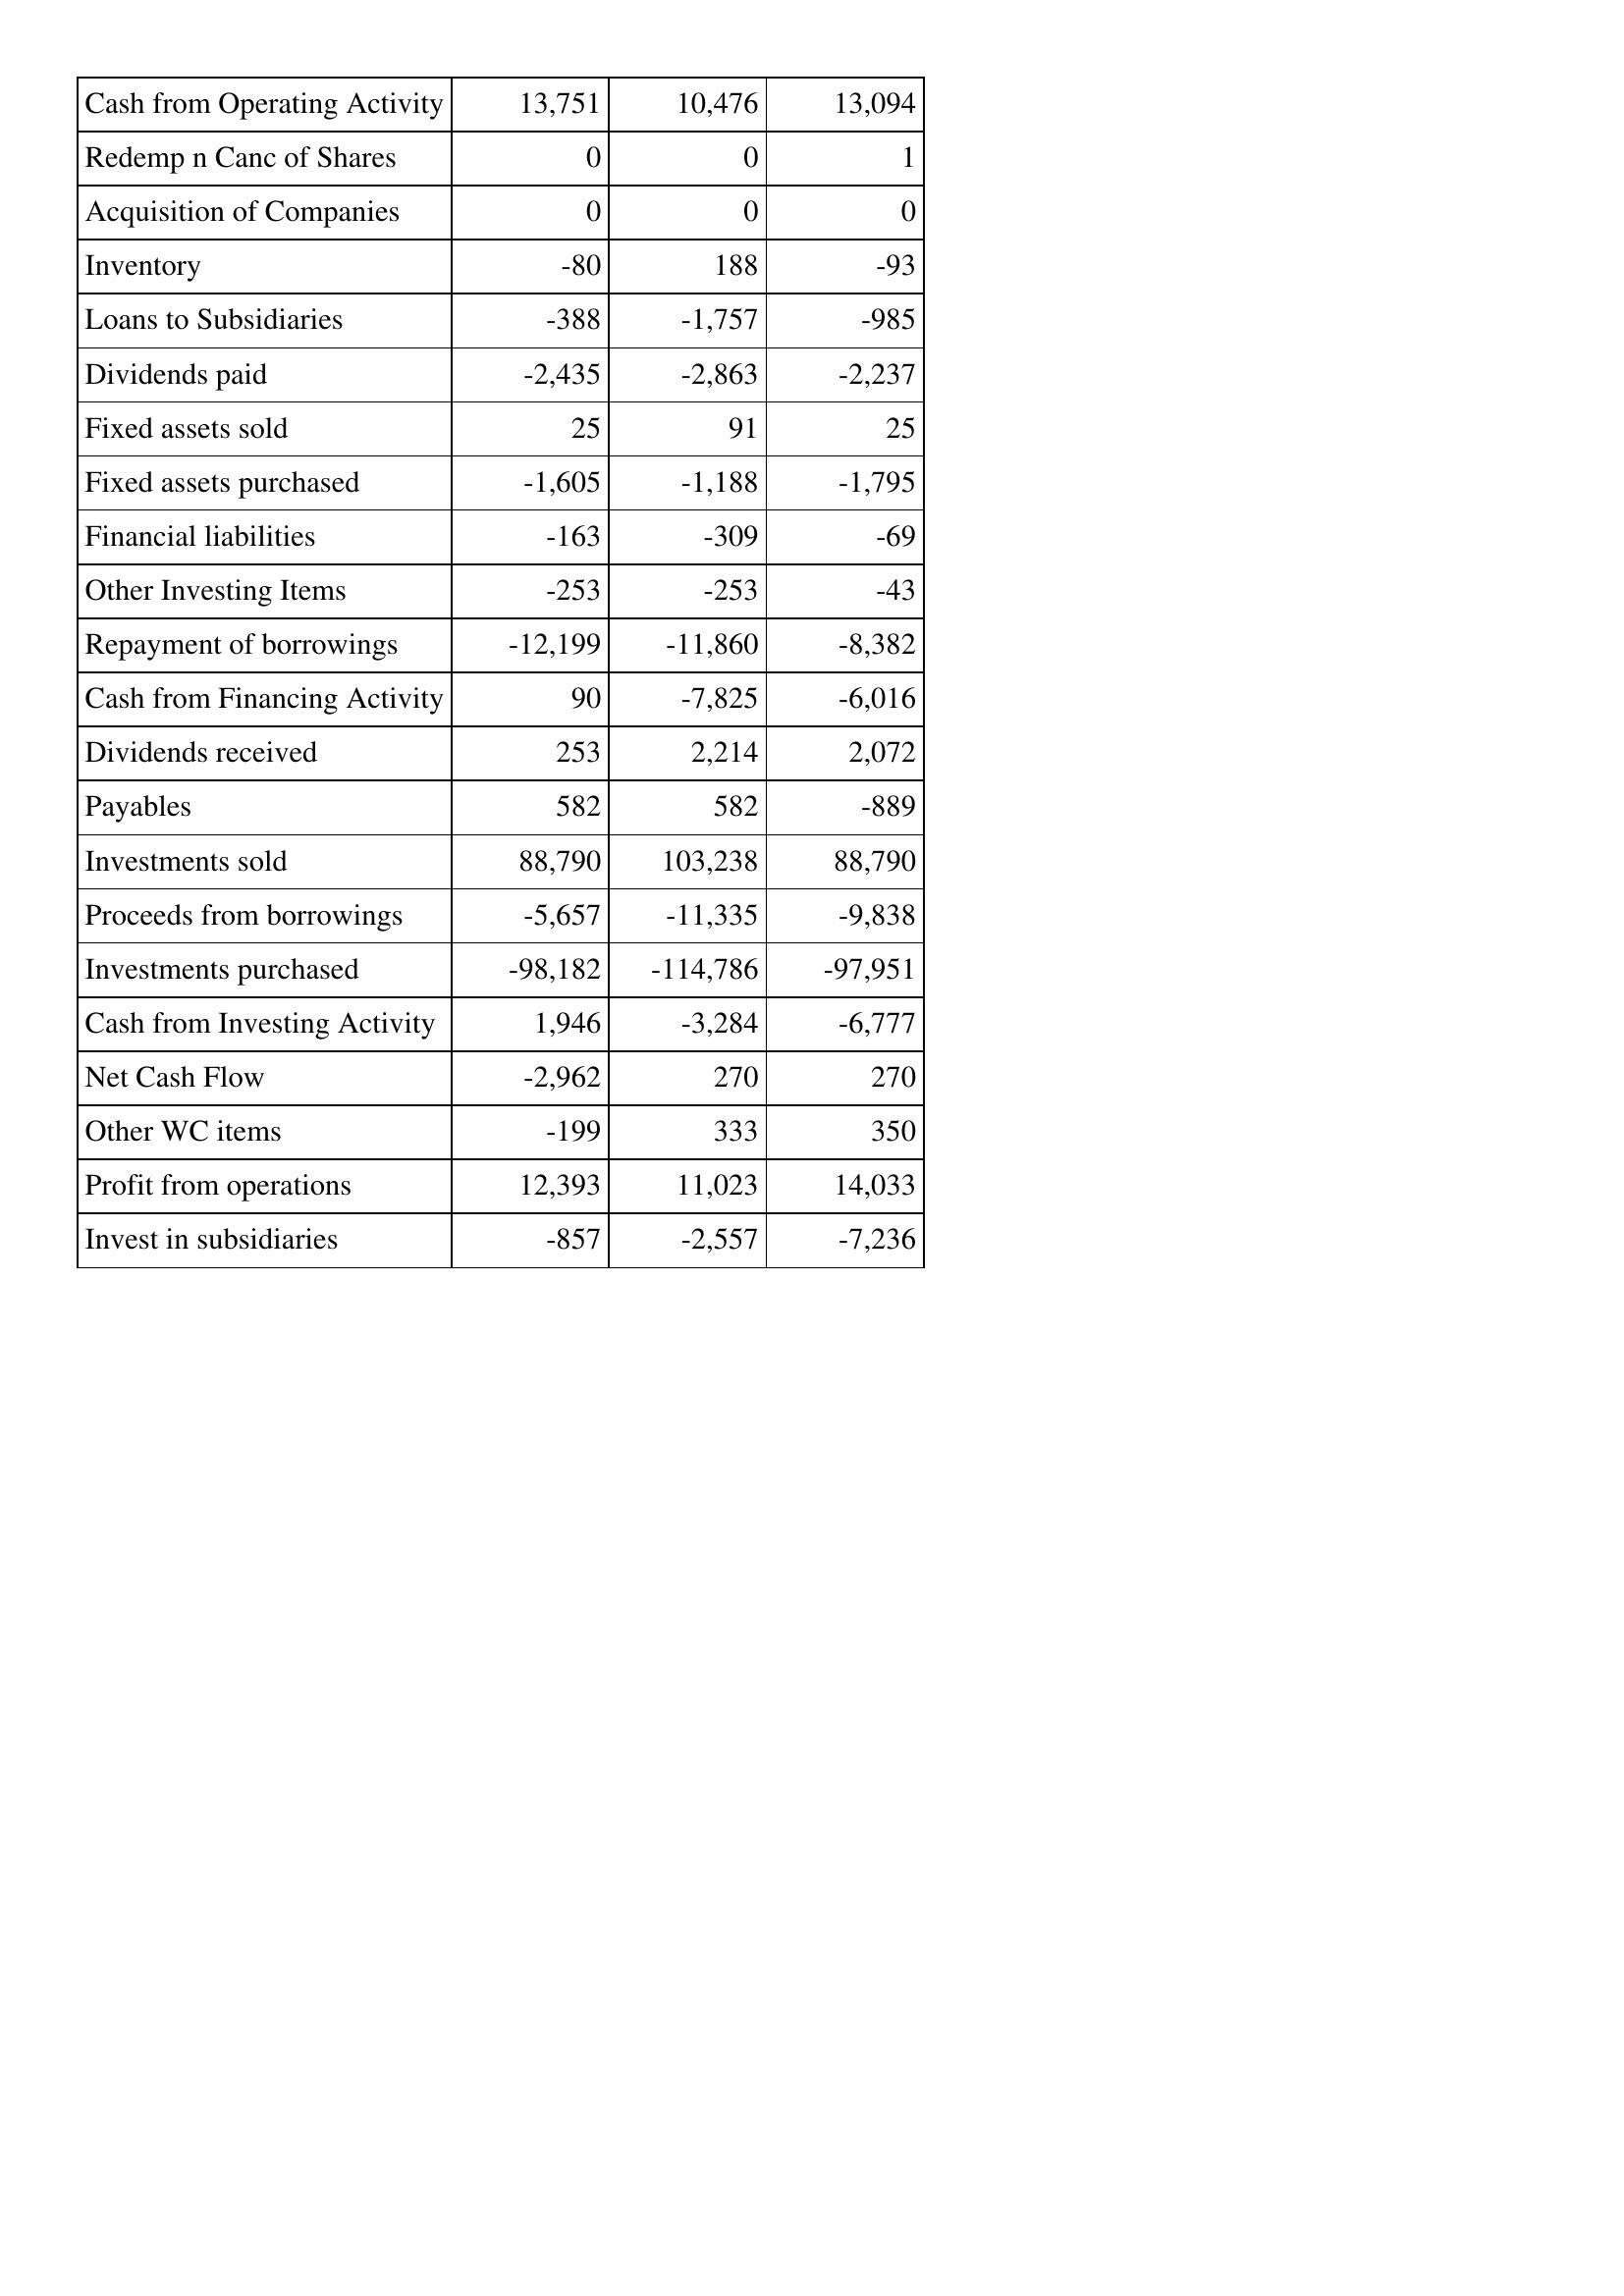
Sep-15: Cash Flows: Cash from Operating Activity: 13,751
Redemp n Canc of Shares: 0
Acquisition of Companies: 0
Inventory: -80
Loans to Subsidiaries: -388
Dividends paid: -2,435
Fixed assets sold: 25
Fixed assets purchased: -1,605
Financial liabilities: -163
Other Investing Items: -253
Repayment of borrowings: -12,199
Cash from Financing Activity: 90
Dividends received: 253
Payables: 582
Investments sold: 88,790
Proceeds from borrowings: -5,657
Investments purchased: -98,182
Cash from Investing Activity: 1,946
Net Cash Flow: -2,962
Other WC items: -199
Profit from operations: 12,393
Invest in subsidiaries: -857
Sep-14: Cash Flows: Cash from Operating Activity: 10,476
Redemp n Canc of Shares: 0
Acquisition of Companies: 0
Inventory: 188
Loans to Subsidiaries: -1,757
Dividends paid: -2,863
Fixed assets sold: 91
Fixed assets purchased: -1,188
Financial liabilities: -309
Other Investing Items: -253
Repayment of borrowings: -11,860
Cash from Financing Activity: -7,825
Dividends received: 2,214
Payables: 582
Investments sold: 103,238
Proceeds from borrowings: -11,335
Investments purchased: -114,786
Cash from Investing Activity: -3,284
Net Cash Flow: 270
Other WC items: 333
Profit from operations: 11,023
Invest in subsidiaries: -2,557
Sep-13: Cash Flows: Cash from Operating Activity: 13,094
Redemp n Canc of Shares: 1
Acquisition of Companies: 0
Inventory: -93
Loans to Subsidiaries: -985
Dividends paid: -2,237
Fixed assets sold: 25
Fixed assets purchased: -1,795
Financial liabilities: -69
Other Investing Items: -43
Repayment of borrowings: -8,382
Cash from Financing Activity: -6,016
Dividends received: 2,072
Payables: -889
Investments sold: 88,790
Proceeds from borrowings: -9,838
Investments purchased: -97,951
Cash from Investing Activity: -6,777
Net Cash Flow: 270
Other WC items: 350
Profit from operations: 14,033
Invest in subsidiaries: -7,236